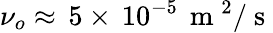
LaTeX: \nu_{o}\approx\, 5\times\, 10^{-5}\, \mathrm{~m~}^{2}/\mathrm{~s~}